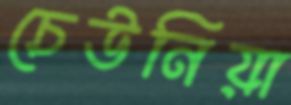
চেউনিয়া